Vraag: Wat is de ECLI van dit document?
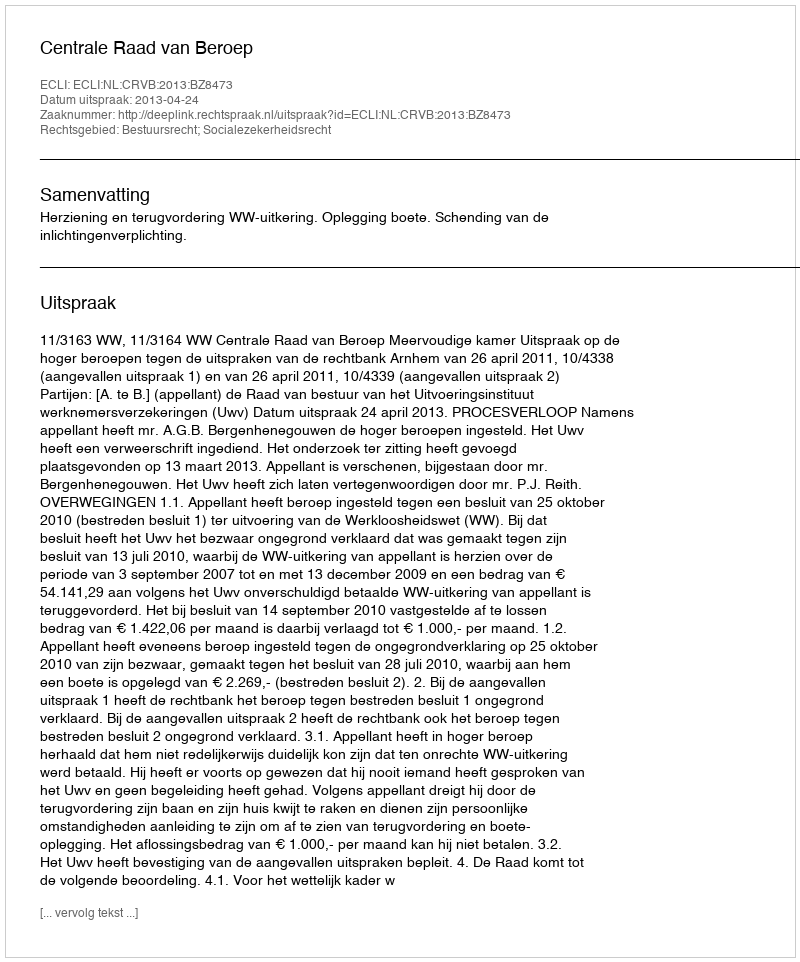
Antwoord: ECLI:NL:CRVB:2013:BZ8473